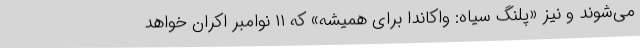
می‌شوند و نیز «پلنگ سیاه: واکاندا برای همیشه» که ۱۱ نوامبر اکران خواهد